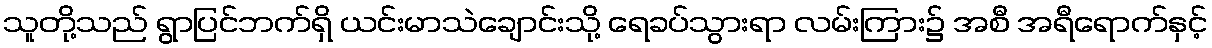
သူတို့သည် ရွာပြင်ဘက်ရှိ ယင်းမာသဲချောင်းသို့ ရေခပ်သွားရာ လမ်းကြား၌ အစီ အရီရောက်နှင့်